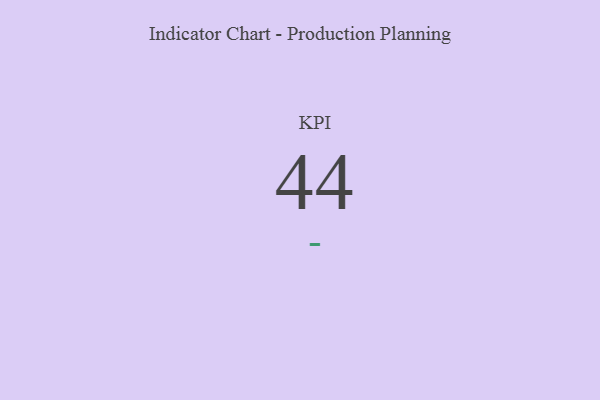
{"axis": {"x": "KPI", "y": "Value"}, "legend": [""], "data": [{"x": "KPI", "y": 44, "type": ""}]}